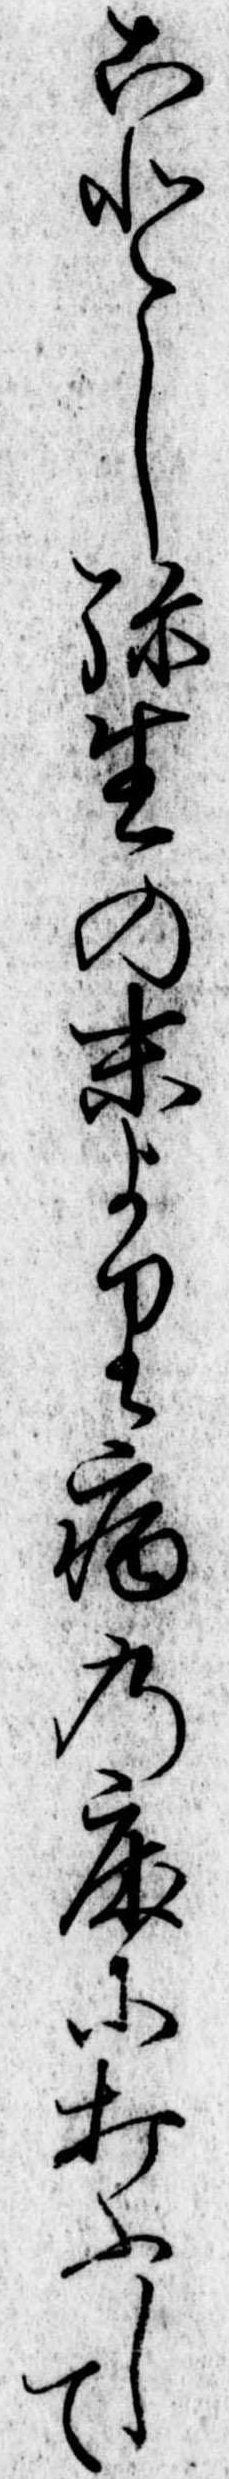
ことし弥生の末より病の床に打ふして